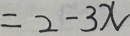
= 2 - 3 x